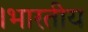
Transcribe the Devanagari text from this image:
।भारतीय